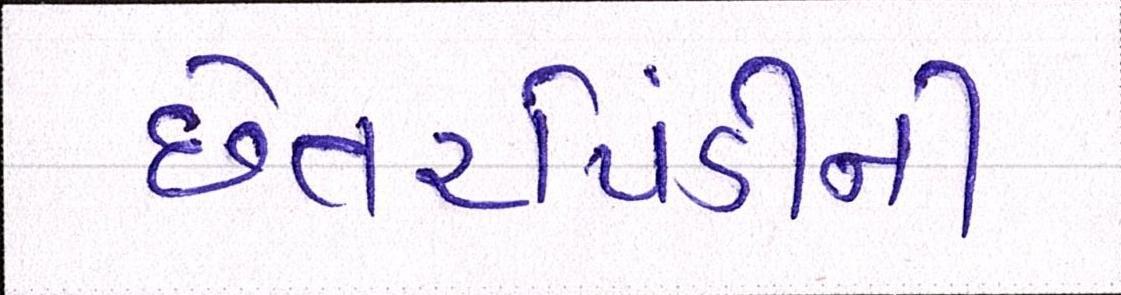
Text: છેતરપિંડીની